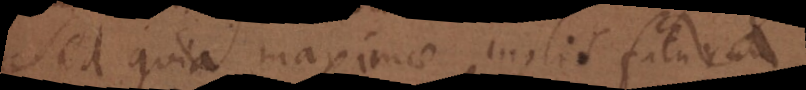
Sed quia maximae molis futura